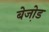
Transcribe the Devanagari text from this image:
बेजो़ड